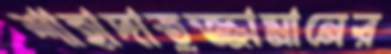
শাহাদাতুজ্জামানের